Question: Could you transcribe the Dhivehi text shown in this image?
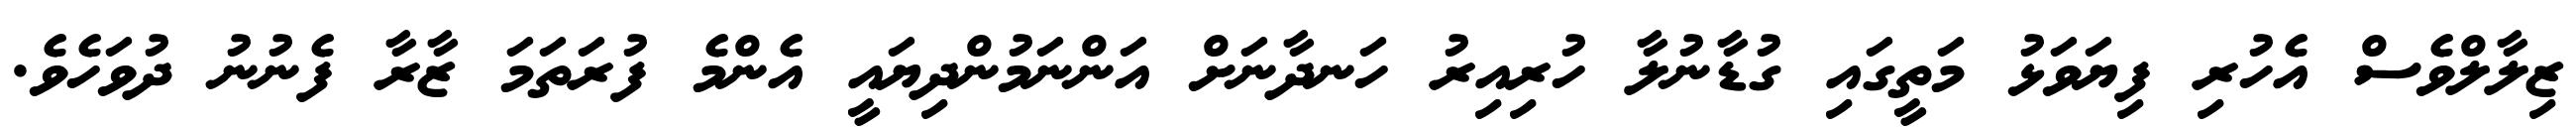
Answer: ޒިލާލްވެސް އެހުރި ފިޔަވަޅު މަތީގައި ގުޑާނުލާ ހުރިއިރު ހަނދާނަށް އަންނަމުންދިޔައީ އެންމެ ފުރަތަމަ ޒާރާ ފެނުނު ދުވަހެވެ.